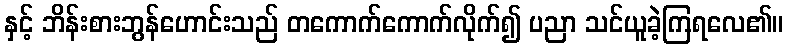
နှင့် ဘိန်းစားဘွန်ဟောင်းသည် တကောက်ကောက်လိုက်၍ ပညာ သင်ယူခဲ့ကြရလေ၏။